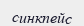
синкпейс